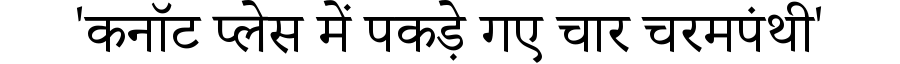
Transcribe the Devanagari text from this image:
'कनॉट प्लेस में पकड़े गए चार चरमपंथी'